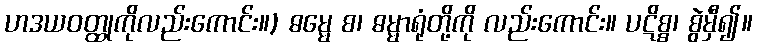
ဟဒယဝတ္ထုကိုလည်းကောင်း။) ဓမ္မေ စ၊ ဓမ္မာရုံတို့ကို လည်းကောင်း။ ပဋိစ္စ၊ စွဲမှီ၍။